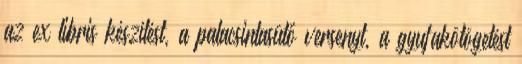
az ex libris készítést, a palacsintasütő versenyt, a gyufakötögetést